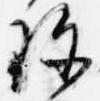
珍